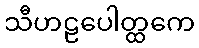
သီဟဠပေါတ္ထကေ